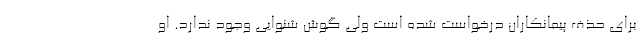
برای حذف پیمانکاران درخواست شده است ولی گوش شنوایی وجود ندارد. او